Dysentery in Hazaribagh Central Jail - Number 52
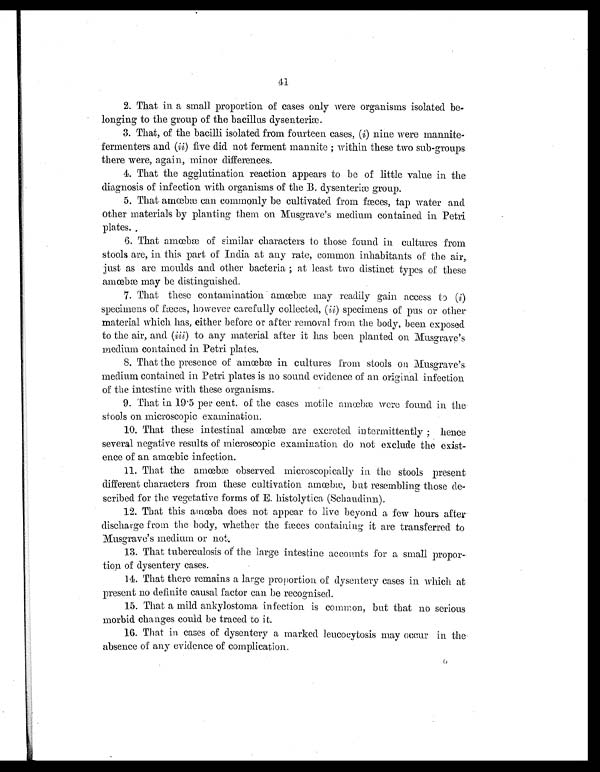
41
2. That in a small proportion of cases only were organisms isolated be-
longing to the group of the bacillus dysenteriæ.
3. That, of the bacilli isolated from fourteen cases, ( i) nine were mannite-
fermenters and ( ii) five did not ferment mannite ; within these two sub-groups
there were, again, minor differences.
4. That the agglutination reaction appears to be of little value in the
diagnosis of infection with organisms of the B. dysenteriæ group.
5. That amœbæ can commonly be cultivated from fæces, tap water and
other materials by planting them on Musgrave's medium contained in Petri
plates.
6. That amœbæ of similar characters to those found in cultures from
stools are, in this part of India at any rate, common inhabitants of the air,.
just as are moulds and other bacteria ; at least two distinct types of these
amœbæ may be distinguished.
7. That these contamination. amœbæ may readily gain access to ( i )
specimens of fæces, however carefully collected, ( ii) specimens of pus or other
material which has, either before or after removal from the body, been exposed
to the air, and (iii) to any material after it has been planted on Musgrave's
medium contained in Petri plates.
8. That the presence of amœbæ in cultures from stools on Musgrave's
medium contained in Petri plates is no sound evidence of an original infection
of the intestine with these organisms.
9. That in 19 . 5 per cent. of the cases motile amœbæ were found in the
stools on microscopic examination.
10. That these intestinal amœbæ are excreted intermittently ; hence
several negative results of microscopic examination do not exclude the exist-
ence of an amœbic infection.
11. That the amœbæ observed microscopically in the stools present
different characters from these cultivation amœbæ:, but resembling those de-
scribed for the vegetative forms of E. histolytica (Schaudinn).
12. That this amœba does not appear to live beyond a few hours after
discharge from the body, whether the fæces containing it are transferred to
Musgrave's medium or not.
13. That tuberculosis of the large intestine accounts for a small propor-
tion of dysentery cases.
14. That there remains a large proportion of dysentery cases in which at
present no definite causal factor can be recognised.
15. That a mild ankylostoma infection is common, but that no serious
morbid changes could be traced to it.
16. That in cases of dysentery a marked leucocytosis may occur in the
absence of any evidence of complication.